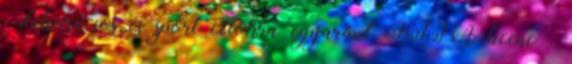
, dekorációs és sport célokra egyaránt FIFA licenc .